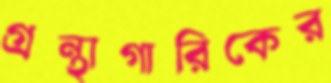
গ্রন্থাগারিকের